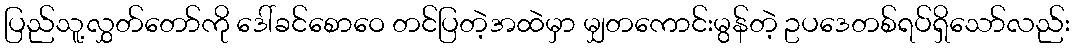
ပြည်သူ့လွှတ်တော်ကို ဒေါ်ခင်စောဝေ တင်ပြတဲ့အထဲမှာ မျှတကောင်းမွန်တဲ့ ဥပဒေတစ်ရပ်ရှိသော်လည်း